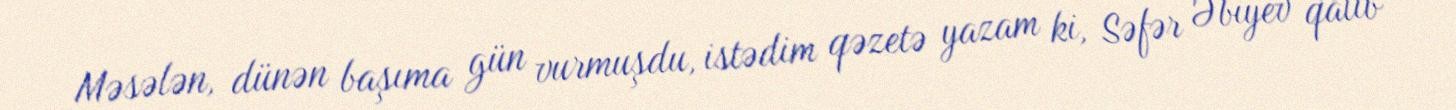
Məsələn, dünən başıma gün vurmuşdu, istədim qəzetə yazam ki, Səfər Əbiyev qalib